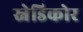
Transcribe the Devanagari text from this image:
स्नेडिकोर